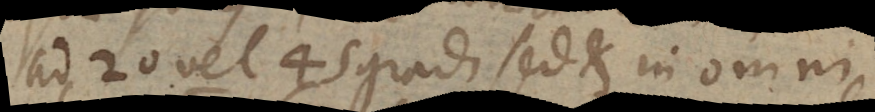
ad 20 vel 45 grad. sed et in omni